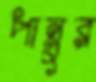
পান্নুর